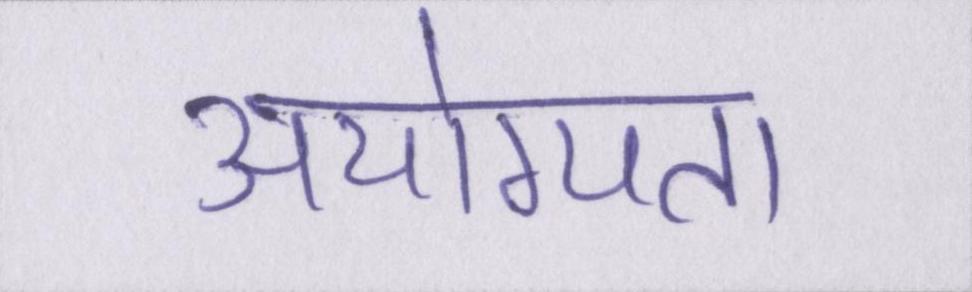
अयोग्यता